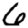
Digit: 6